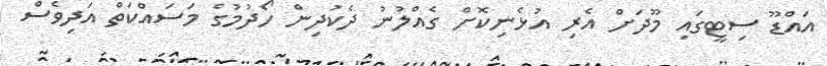
އައްޑޫ ސިޓީގައި މޫދަށް އެރި އުޅެނިކޮށް ގެއްލުނު ދެކުދިން ހޯދުމުގެ މަސައްކަތް އަދިވެސް